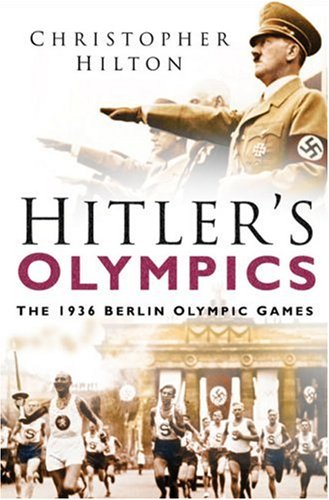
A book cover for Hitler's Olympics: The 1936 Berlin Olympic Games; Christopher Hilton; Sports & Outdoors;